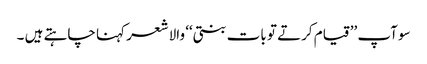
سو آپ ’’قیام کرتے تو بات بنتی‘‘ والا شعر کہنا چاہتے ہیں ۔